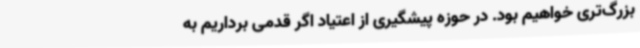
بزرگ‌تری خواهیم بود. در حوزه پیشگیری از اعتیاد اگر قدمی برداریم به